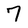
Character: 7